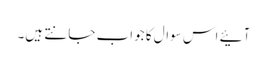
آئیے اس سوال کا جواب جانتے ہیں۔